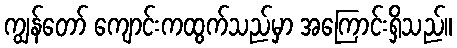
ကျွန်တော် ကျောင်းကထွက်သည်မှာ အကြောင်းရှိသည်။